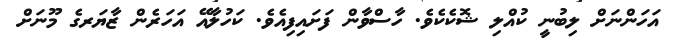
އަހަންނަށް ލިބުނީ ކުއްލި ޝޮކެކެވެ. ހާސްވާން ފަށައިފިއެވެ. ކަހުލާއޭ އަހަރެން ޒާޔަރގެ މޫނަށް